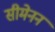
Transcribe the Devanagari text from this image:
सीमेनन